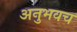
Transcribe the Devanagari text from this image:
अनुभवच